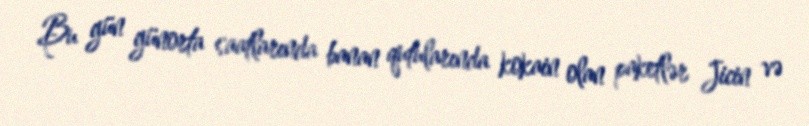
Bu gün günorta saatlarında banan qutularında kokain olan paketlər Jicin və